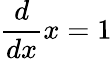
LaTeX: {\frac{d}{dx}}x=1